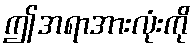
ဤအရာအားလုံးကို